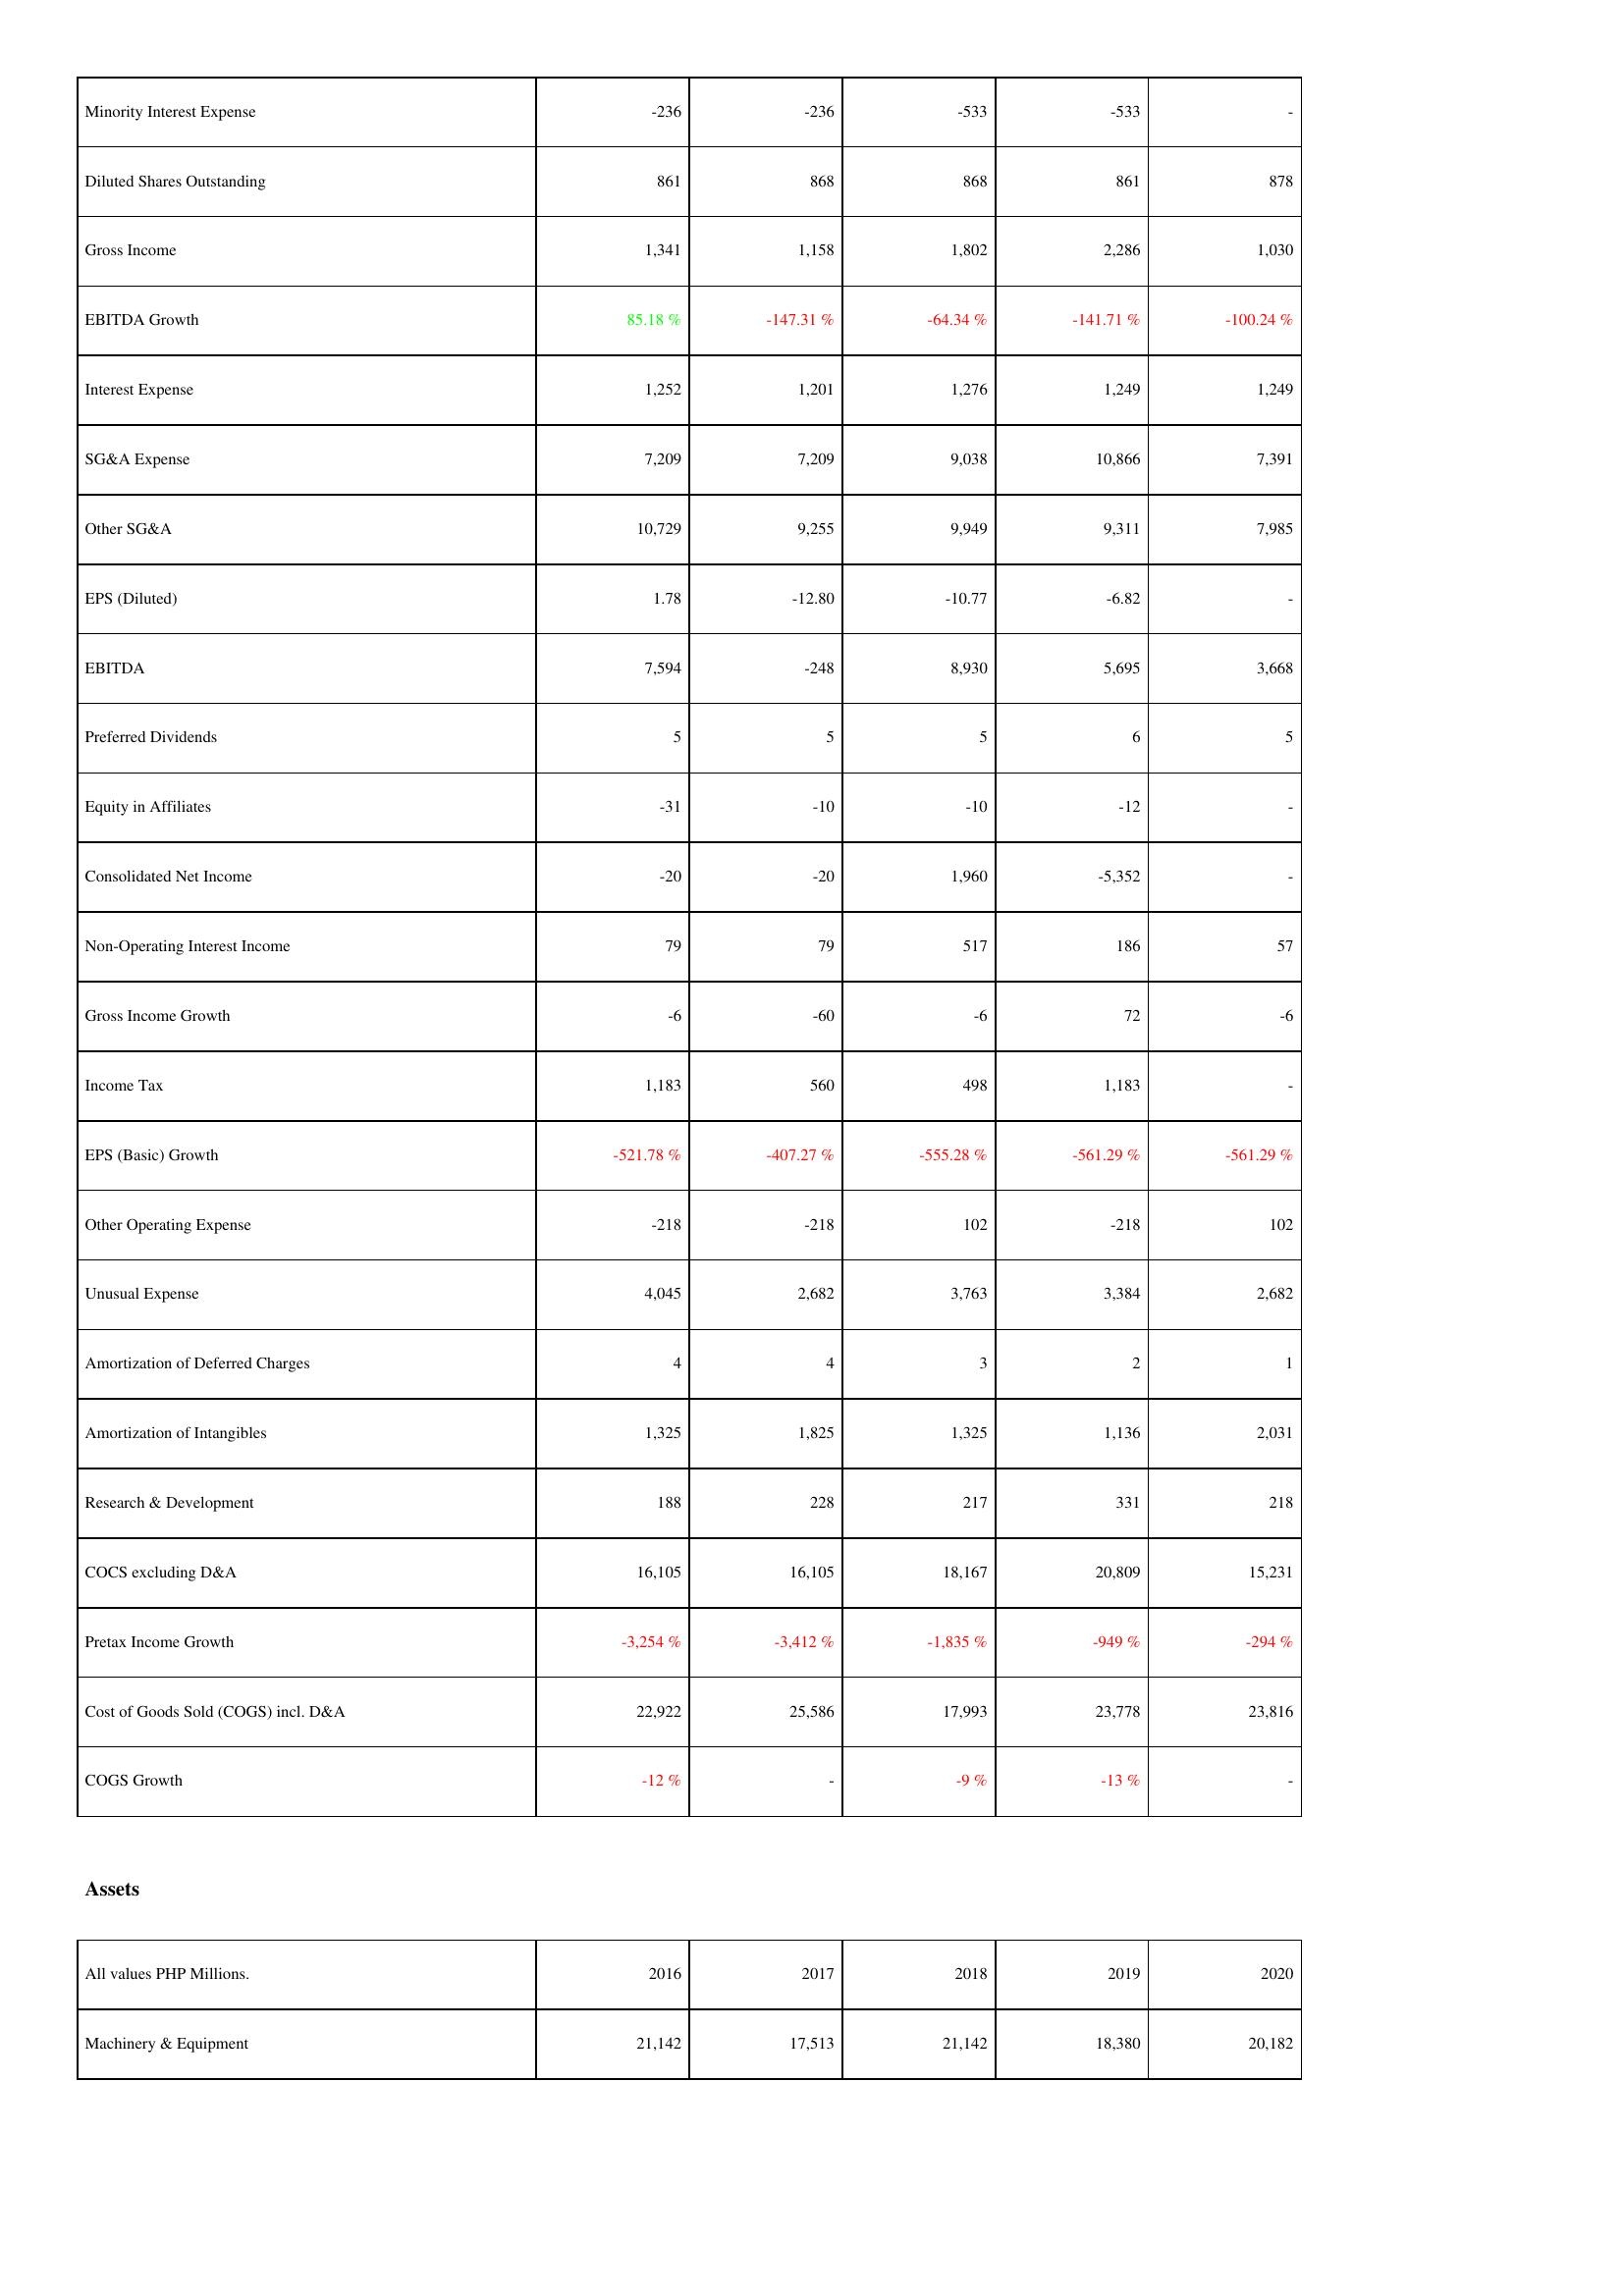
2016: Income Statement: Minority Interest Expense: -236
Diluted Shares Outstanding: 861
Gross Income: 1,341
EBITDA Growth: 85.18 %
Interest Expense: 1,252
SG&A Expense: 7,209
Other SG&A: 10,729
EPS (Diluted): 1.78
EBITDA: 7,594
Preferred Dividends: 5
Equity in Affiliates: -31
Consolidated Net Income: -20
Non-Operating Interest Income: 79
Gross Income Growth: -6
Income Tax: 1,183
EPS (Basic) Growth: -521.78 %
Other Operating Expense: -218
Unusual Expense: 4,045
Amortization of Deferred Charges: 4
Amortization of Intangibles: 1,325
Research & Development: 188
COCS excluding D&A: 16,105
Pretax Income Growth: -3,254 %
Cost of Goods Sold (COGS) incl. D&A: 22,922
COGS Growth: -12 %
Assets: Machinery & Equipment: 21,142
2017: Income Statement: Minority Interest Expense: -236
Diluted Shares Outstanding: 868
Gross Income: 1,158
EBITDA Growth: -147.31 %
Interest Expense: 1,201
SG&A Expense: 7,209
Other SG&A: 9,255
EPS (Diluted): -12.80
EBITDA: -248
Preferred Dividends: 5
Equity in Affiliates: -10
Consolidated Net Income: -20
Non-Operating Interest Income: 79
Gross Income Growth: -60
Income Tax: 560
EPS (Basic) Growth: -407.27 %
Other Operating Expense: -218
Unusual Expense: 2,682
Amortization of Deferred Charges: 4
Amortization of Intangibles: 1,825
Research & Development: 228
COCS excluding D&A: 16,105
Pretax Income Growth: -3,412 %
Cost of Goods Sold (COGS) incl. D&A: 25,586
COGS Growth: -
Assets: Machinery & Equipment: 17,513
2018: Income Statement: Minority Interest Expense: -533
Diluted Shares Outstanding: 868
Gross Income: 1,802
EBITDA Growth: -64.34 %
Interest Expense: 1,276
SG&A Expense: 9,038
Other SG&A: 9,949
EPS (Diluted): -10.77
EBITDA: 8,930
Preferred Dividends: 5
Equity in Affiliates: -10
Consolidated Net Income: 1,960
Non-Operating Interest Income: 517
Gross Income Growth: -6
Income Tax: 498
EPS (Basic) Growth: -555.28 %
Other Operating Expense: 102
Unusual Expense: 3,763
Amortization of Deferred Charges: 3
Amortization of Intangibles: 1,325
Research & Development: 217
COCS excluding D&A: 18,167
Pretax Income Growth: -1,835 %
Cost of Goods Sold (COGS) incl. D&A: 17,993
COGS Growth: -9 %
Assets: Machinery & Equipment: 21,142
2019: Income Statement: Minority Interest Expense: -533
Diluted Shares Outstanding: 861
Gross Income: 2,286
EBITDA Growth: -141.71 %
Interest Expense: 1,249
SG&A Expense: 10,866
Other SG&A: 9,311
EPS (Diluted): -6.82
EBITDA: 5,695
Preferred Dividends: 6
Equity in Affiliates: -12
Consolidated Net Income: -5,352
Non-Operating Interest Income: 186
Gross Income Growth: 72
Income Tax: 1,183
EPS (Basic) Growth: -561.29 %
Other Operating Expense: -218
Unusual Expense: 3,384
Amortization of Deferred Charges: 2
Amortization of Intangibles: 1,136
Research & Development: 331
COCS excluding D&A: 20,809
Pretax Income Growth: -949 %
Cost of Goods Sold (COGS) incl. D&A: 23,778
COGS Growth: -13 %
Assets: Machinery & Equipment: 18,380
2020: Income Statement: Minority Interest Expense: -
Diluted Shares Outstanding: 878
Gross Income: 1,030
EBITDA Growth: -100.24 %
Interest Expense: 1,249
SG&A Expense: 7,391
Other SG&A: 7,985
EPS (Diluted): -
EBITDA: 3,668
Preferred Dividends: 5
Equity in Affiliates: -
Consolidated Net Income: -
Non-Operating Interest Income: 57
Gross Income Growth: -6
Income Tax: -
EPS (Basic) Growth: -561.29 %
Other Operating Expense: 102
Unusual Expense: 2,682
Amortization of Deferred Charges: 1
Amortization of Intangibles: 2,031
Research & Development: 218
COCS excluding D&A: 15,231
Pretax Income Growth: -294 %
Cost of Goods Sold (COGS) incl. D&A: 23,816
COGS Growth: -
Assets: Machinery & Equipment: 20,182